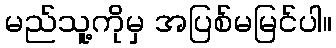
မည်သူ့ကိုမှ အပြစ်မမြင်ပါ။